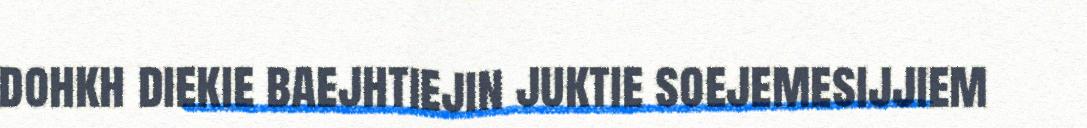
dohkh diekie baejhtiejin juktie soejemesijjiem